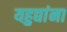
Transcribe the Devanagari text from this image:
यहुद्यांना